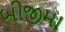
બીજીમા